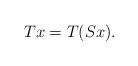
LaTeX: \begin{align*} Tx = T ( S x). \end{align*}